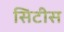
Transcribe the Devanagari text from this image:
सिटीस